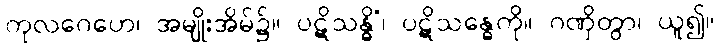
ကုလဂေဟေ၊ အမျိုးအိမ်၌။ ပဋိသန္ဓိံ၊ ပဋိသန္ဓေကို။ ဂဏှိတွာ၊ ယူ၍။